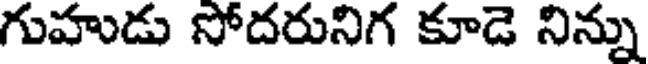
గుహుడు సోదరునిగ కూడె నిన్ను